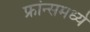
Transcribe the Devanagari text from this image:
फ्रांन्समध्ये